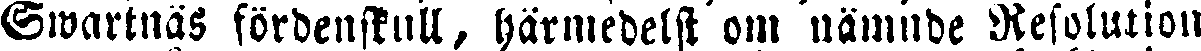
Swartnäs fördenskull, härmedelst om nämnde Resolution